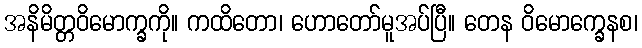
အနိမိတ္တဝိမောက္ခကို။ ကထိတော၊ ဟောတော်မူအပ်ပြီ။ တေန ဝိမောက္ခေနစ၊